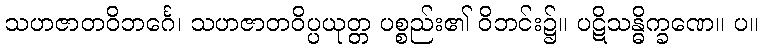
သဟဇာတဝိဘင်္ဂေ၊ သဟဇာတဝိပ္ပယုတ္တ ပစ္စည်း၏ ဝိဘင်း၌။ ပဋိသန္ဓိက္ခဏေ။ ပ။